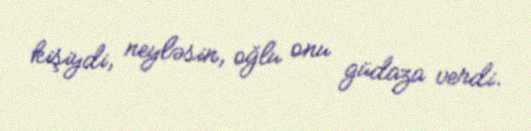
kişiydi, neyləsin, oğlu onu güdaza verdi.